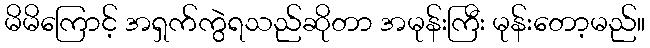
မိမိကြောင့် အရှက်ကွဲရသည်ဆိုတာ အမုန်းကြီး မုန်းတော့မည်။